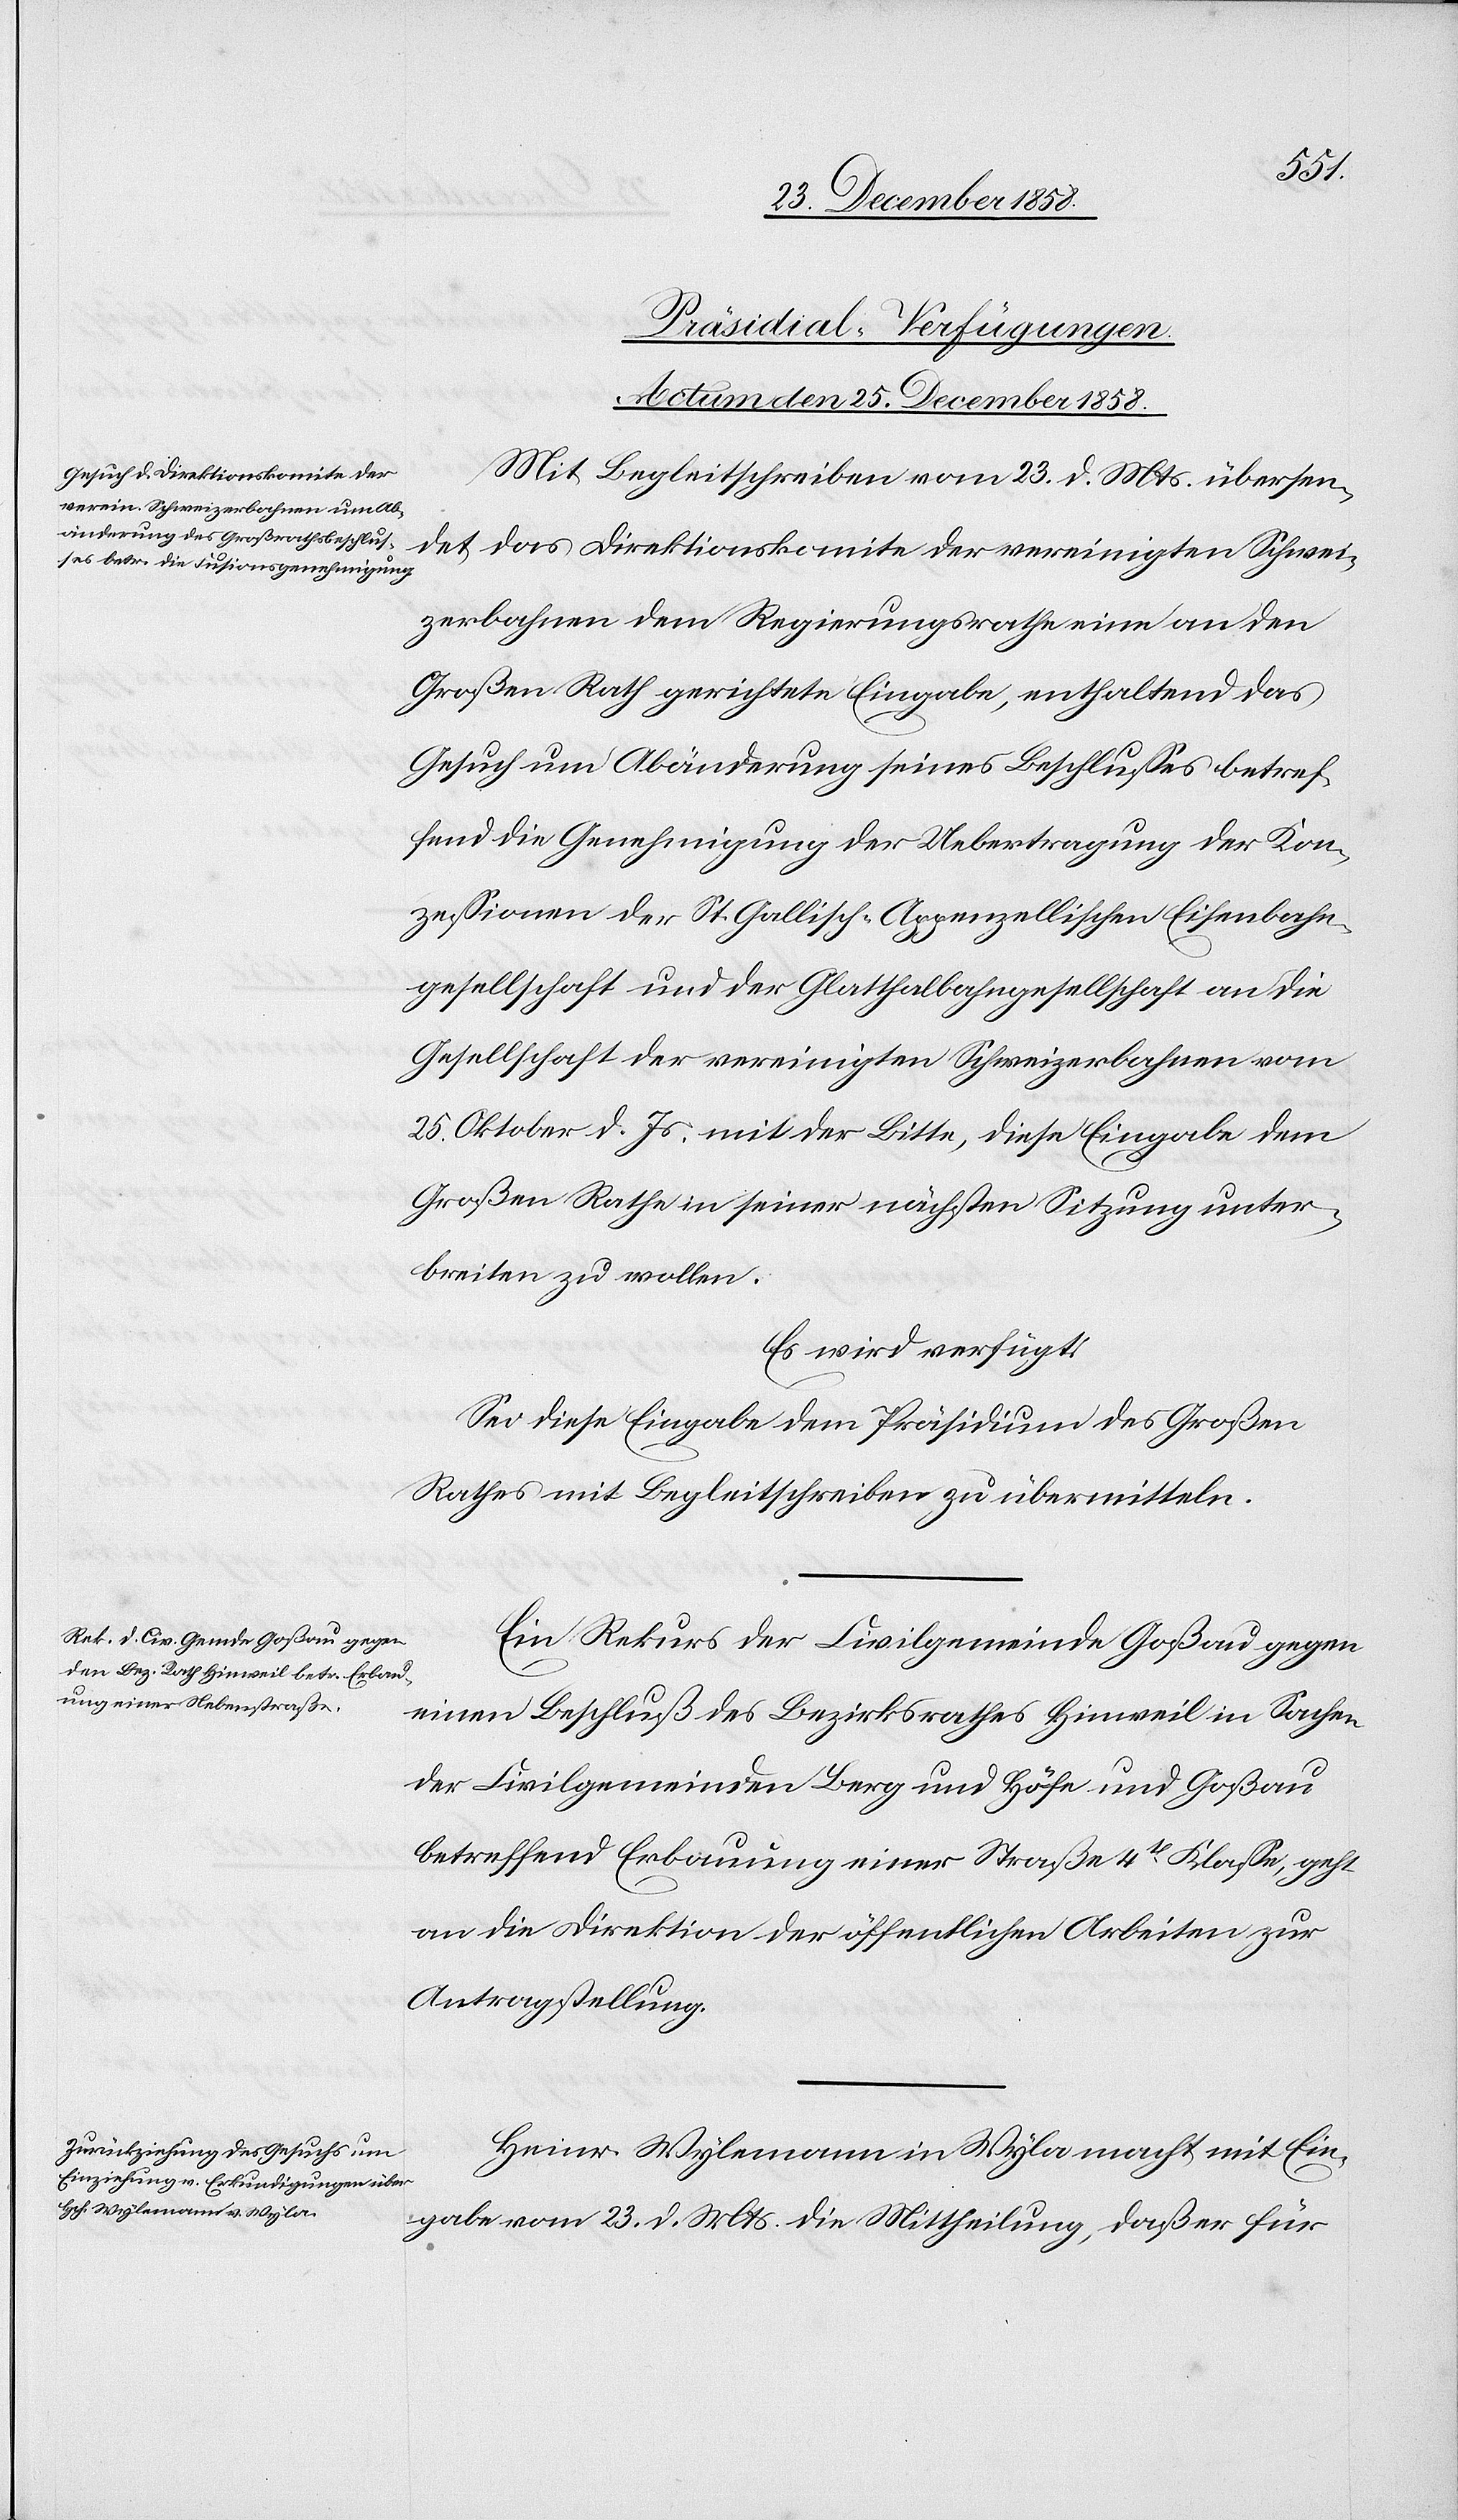
[Präsidial-Verfügungen.
Actum den 25. December 1858.]
Mit Begleitschreiben vom 23. d. Mts. übersen¬
det das Direktionskomite der vereinigten Schwei¬
zerbahnen dem Regierungsrathe eine an den
Großen Rath gerichtete Eingabe, enthaltend das
Gesuch um Abänderung seines Beschlusses betref¬
fend die Genehmigung der Uebertragung der Kon¬
zessionen der St. Gallisch-Appenzellischen Eisenbahn¬
gesellschaft und der Glatthalbahngesellschaft an die
Gesellschaft der vereinigten Schweizerbahnen vom
25. Oktober d. Js. mit der Bitte, diese Eingabe dem
Großen Rathe in seiner nächsten Sitzung unter¬
breiten zu wollen.
Es wird verfügt:
Sei diese Eingabe dem Präsidium des Großen
Rathes mit Begleitschreiben zu übermitteln.
Ein Rekurs der Civilgemeinde Goßau gegen
einen Beschluß des Bezirksrathes Hinweil in Sachen
der Civilgemeinden Berg und Höfe und Goßau
betreffend Erbauung einer Straße 4t Klasse, geht
an die Direktion der öffentlichen Arbeiten zur
Antragstellung.
Heinr. Wylemann in Wyla macht mit Ein¬
gabe vom 23. d. Mts. die Mittheilung, daß er für